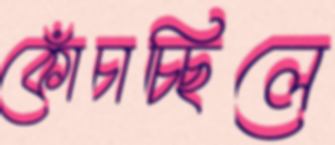
কোঁচাচ্ছিলে